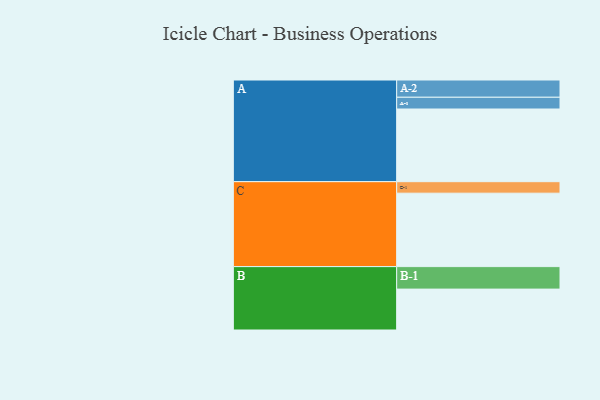
{"axis": {"x": "Segment", "y": "Value"}, "legend": ["", "A", "B", "C"], "data": [{"x": "A", "y": 556, "type": ""}, {"x": "B", "y": 313, "type": ""}, {"x": "C", "y": 562, "type": ""}, {"x": "A-1", "y": 90, "type": "A"}, {"x": "A-2", "y": 132, "type": "A"}, {"x": "B-1", "y": 172, "type": "B"}, {"x": "C-1", "y": 88, "type": "C"}]}